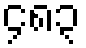
၄၈၃